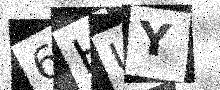
Text: 6HUY